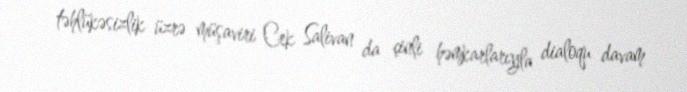
təhlükəsizlik üzrə müşaviri Cek Salivan da çinli həmkarlarıyla dialoqu davam